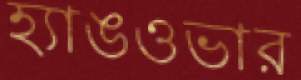
হ্যাঙওভার